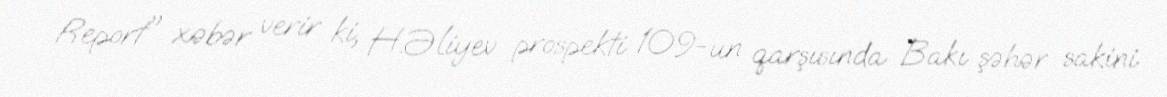
Report" xəbər verir ki, H.Əliyev prospekti 109-un qarşısında Bakı şəhər sakini